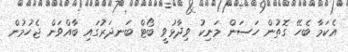
އެކަމާ ބެހޭ ގޮތުން ހަސަން މަނިކު ވިދާޅުވީ ބޯޓް ބަނދަރުގައި ބާއްވަން ޖެހުމުން